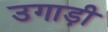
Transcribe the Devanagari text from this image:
उगाड़ी